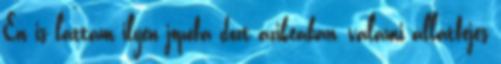
En is lattam ilyen jopofa dozt azikeaban, valami allatfejes